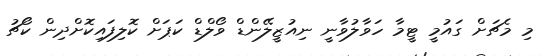
މި މެޗަށް ގައުމީ ޓީމާ ހަވާލުވާނީ ނިއުޒީލޭންޑް ވޯލްޑް ކަޕަށް ކޮލިފައިކޮށްދިން ކޯޗު